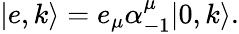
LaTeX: |e,k\rangle=e_{\mu}\alpha_{-1}^{\mu}|0,k\rangle.